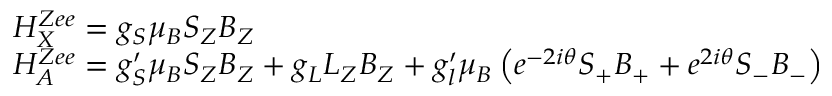
\begin{array} { r l } & { H _ { X } ^ { Z e e } = g _ { S } \mu _ { B } S _ { Z } B _ { Z } } \\ & { H _ { A } ^ { Z e e } = g _ { S } ^ { \prime } \mu _ { B } S _ { Z } B _ { Z } + g _ { L } L _ { Z } B _ { Z } + g _ { l } ^ { \prime } \mu _ { B } \left( e ^ { - 2 i \theta } S _ { + } B _ { + } + e ^ { 2 i \theta } S _ { - } B _ { - } \right) } \end{array}